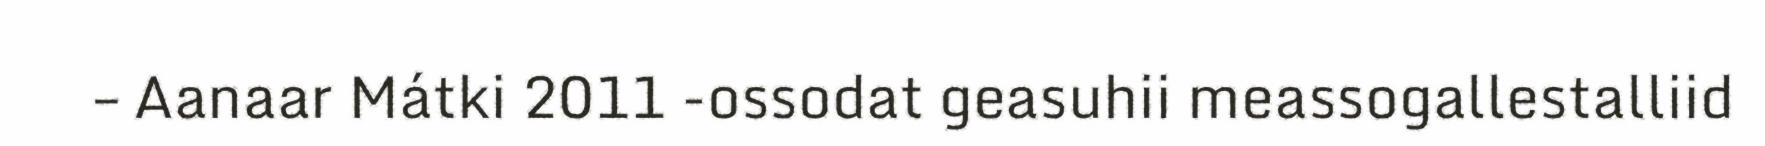
– Aanaar Mátki 2011 -ossodat geasuhii meassogallestalliid